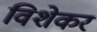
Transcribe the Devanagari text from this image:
विशेकर